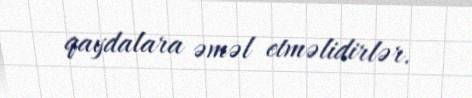
qaydalara əməl etməlidirlər.